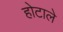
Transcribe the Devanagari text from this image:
होटाले